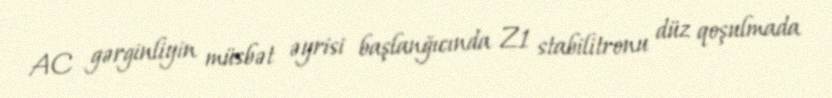
AC gərginliyin müsbət əyrisi başlanğıcında Z1 stabilitronu düz qoşulmada